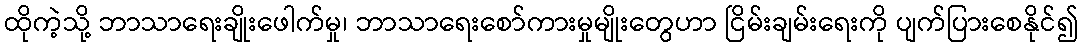
ထိုကဲ့သို့ ဘာသာရေးချိုးဖေါက်မှု၊ ဘာသာရေးစော်ကားမှုမျိုးတွေဟာ ငြိမ်းချမ်းရေးကို ပျက်ပြားစေနိုင်၍